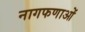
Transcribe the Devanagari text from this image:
नागफणाओं